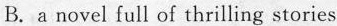
B.a novel full of thrilling stories